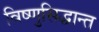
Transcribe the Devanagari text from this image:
विष्णुसिद्धान्त